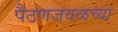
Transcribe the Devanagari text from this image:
पैठणजवळच्या